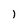
Character: l